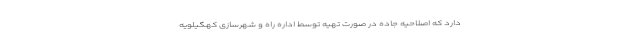
دارد که اصلاحیه جاده در صورت تهیه توسط اداره راه و شهرسازی کهگیلویه